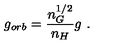
g _ { o r b } = \frac { n _ { G } ^ { 1 / 2 } } { n _ { H } } g \ .